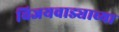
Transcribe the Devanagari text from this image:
विजयवाड्याच्या